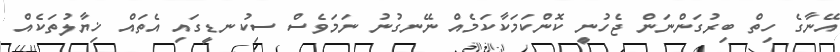
އޭނާގެ ހިތް ބިރުގަންނަން ޖެހުނީ ކޮންކަމަކާކަމެއް ނޭނގުނު ނަމަވެސް ސިކުނޑީގައި އެތައް ޚިޔާލުތަކެއް